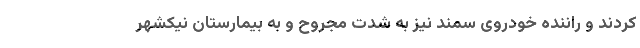
کردند و راننده خودروی سمند نیز به شدت مجروح و به بیمارستان نیکشهر